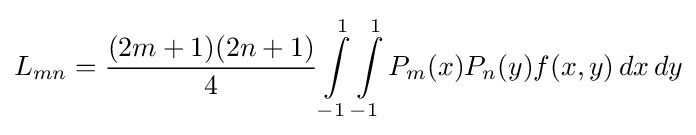
L_{mn}={\frac {(2m+1)(2n+1)}{4}}\int \limits _{-1}^{1}\int \limits _{-1}^{1}P_{m}(x)P_{n}(y)f(x,y)\,dx\,dy